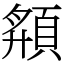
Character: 頯